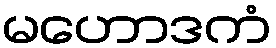
မဟောဒကံ